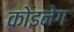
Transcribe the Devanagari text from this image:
कोइनेग